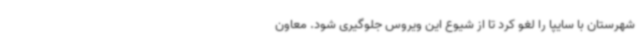
شهرستان با سایپا را لغو کرد تا از شیوع این ویروس جلوگیری شود. معاون